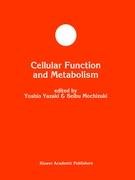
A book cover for Cellular Function and Metabolism (Developments in Molecular and Cellular Biochemistry); Medical Books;